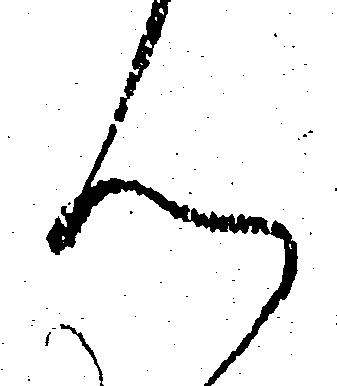
ん